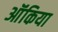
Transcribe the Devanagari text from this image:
ऑंकिया